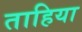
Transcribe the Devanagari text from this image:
ताहिया